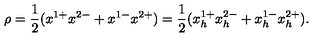
\rho = { \frac { 1 } { 2 } } ( x ^ { 1 + } x ^ { 2 - } + x ^ { 1 - } x ^ { 2 + } ) = { \frac { 1 } { 2 } } ( x _ { h } ^ { 1 + } x _ { h } ^ { 2 - } + x _ { h } ^ { 1 - } x _ { h } ^ { 2 + } ) .